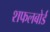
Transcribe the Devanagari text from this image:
शफलबोर्ड